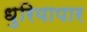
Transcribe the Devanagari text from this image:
धुरियापार